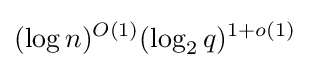
(\log n)^{O(1)}(\log _{2}q)^{1+o(1)}